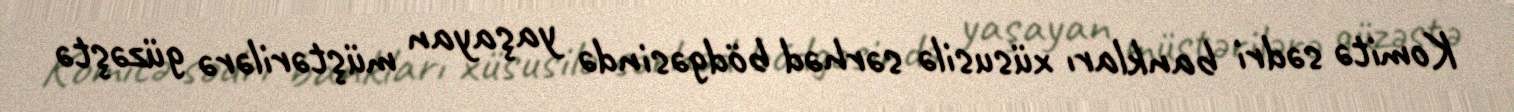
Komitə sədri bankları xüsusilə sərhəd bödgəsində yaşayan müştərilərə güzəştə